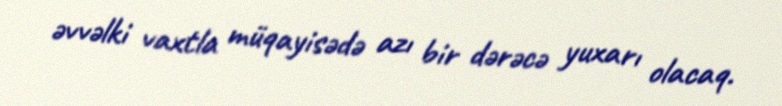
əvvəlki vaxtla müqayisədə azı bir dərəcə yuxarı olacaq.